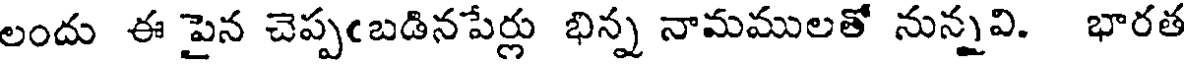
లందు ఈ పైన చెప్పఁబడినపేర్లు భిన్న నామములతో నున్నవి. భారత